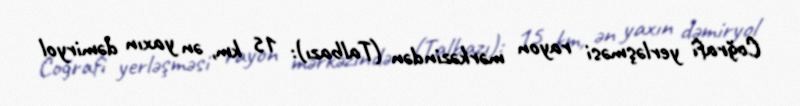
Coğrafi yerləşməsi rayon mərkəzindən (Talbazı): 15 km, ən yaxın dəmiryol